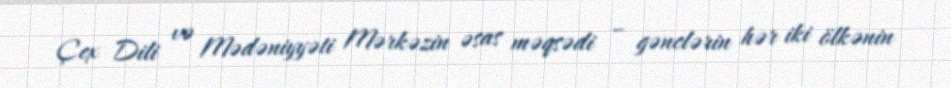
Çex Dili və Mədəniyyəti Mərkəzin əsas məqsədi – gənclərin hər iki ölkənin